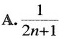
A. $$\frac{1}{2n+1}$$